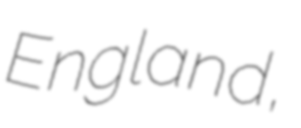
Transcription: England,